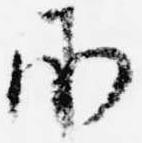
承